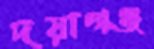
দয়াগঞ্জ